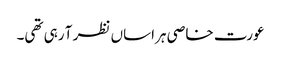
عورت خاصی ہراساں نظر آ رہی تھی۔